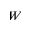
W